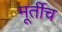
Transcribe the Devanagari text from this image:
मूर्तीच